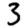
Digit: 3